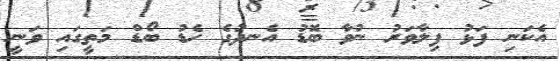
އެކަނި ފަޅު ފިލާވަރު ނުވާ ބޮޑު އެނދުގެ ހެޑު ބޯޑް މަތީގައި ވަނީ